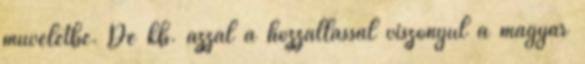
műveletbe. De kb. azzal a hozzállással viszonyul a magyar